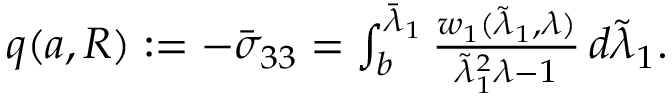
\begin{array} { r } { q ( { a } , R ) : = - \bar { \sigma } _ { 3 3 } = \int _ { { b } } ^ { \bar { \lambda } _ { 1 } } \frac { w _ { 1 } ( \tilde { \lambda } _ { 1 } , \lambda ) } { \tilde { \lambda } _ { 1 } ^ { 2 } \lambda - 1 } \, d \tilde { \lambda } _ { 1 } . } \end{array}